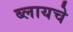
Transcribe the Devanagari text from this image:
ब्लायचे